Lunatic asylums Madras 1892-1911 - 1892-1911
Year: 1892
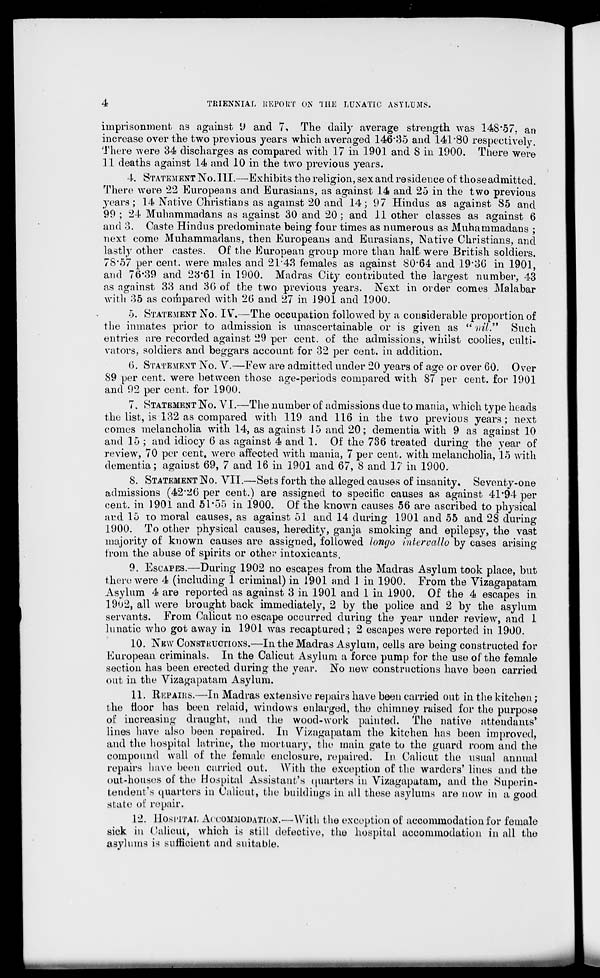
4
TRIENNIAL REPORT ON THE LUNATIC ASYLUMS.
imprisonment as against 9 and 7, The daily average strength was 148*57. an
increase over the two previous years which averaged 146*35 and 141'80 respectively.
There were 34 discharges as compared with 17 in 1901 and 8 in 1900. There were
11 deaths against 14 and 10 in the two previous years.
4. STATEMENT NO. 111.—Exhibits the religion, sex and residence of those admitted.
There were 22 Europeans and Eurasians, as against 14 and 25 in the two previous
years; 14 Native Christians as against 20 and 14; 97 Hindus as against 85 and
99 ; 24 Muhammadans as against 30 and 20 ; and 11 other classes as against 6
and 3. Caste Hindus predominate being four times as numerous as Muhammadans ;
next come Muhammadans, then Europeans and Eurasians, Native Christians, and
lastly other castes. Of the European group more than half were British soldiers.
78*57 per cent, were males and 21*43 females as against 80*64 and 19*30 in 1901,
and 76*39 and 23*61 in 1900. Madras Cifcy contributed the largest number, 43
as against 33 and 36 of the two previous years. Next in order comes Malabar
with 35 as compared with 26 and 27 in 1901 and 1900.
5. STATEMENT NO. IV.—The occupation followed by a considerable proportion of
the inmates prior to admission is unascertainable or is given as " nil." Such
entries are recorded against 29 per cent, of the admissions, whilst coolies, culti-
vators, soldiers and beggars account for 32 per cent, in addition.
6. STATEMENT NO. V.—Few are admitted under 20 years of age or over 60. Over
89 per cent, were between those age-periods compared with 87 per cent, for 1901
and 92 per cent, for 1900.
7. STATEMENT No. VI.—The number of admissions due to mania, which type heads
the list, is 132 as compared with 119 and 116 in the two previous years; next
comes melancholia with 14, as against 15 and 20; dementia with 9 as against 10
and 15 ; and idiocy 6 as against 4 and 1. Of the 736 treated during the year of
review^, 70 per cent, were affected with mania, 7 per cent, with melancholia, 15 with
dementia; against 69, 7 and 16 in 1901 and 67, 8 and 17 in 1900.
8. STATEMENT No. VII.—Sets forth the alleged causes of insanity. Seventy-one
admissions (42'26 per cent.) are assigned to specific causes as against 41*94 per
cent, in 1901 and 51*55 in 1900. Of the known causes 56 are ascribed to physical
and 15 to moral causes, as against 51 and 14 during 1901 and 55 and 28 during
1900. To other physical causes, heredity, ganja smoking and epilepsy, the vast
majority of known causes are assigned, followed longo intervallo by cases arising
from the abuse of spirits or other* intoxicants.
9. ESCAPES.—During 1902 no escapes from the Madras Asylum took place, but
there were 4 (including 1 criminal) in 1901 and .1 in 1900. From the Vizagapatam
Asylum 4 are reported as against 3 in 1901 and 1 in 1900. Of the 4 escapes in
1902, all were brought back immediately, 2 by the police and 2 by the asylum
servants. From Calicut no escape occurred during the year under review, and 1
lunatic who got away in 1901 was recaptured; 2 escapes were reported in 1900.
10. NEW CONSTKUCTIONS.—In the Madras Asylum, cells are being constructed for
European criminals. In the Calicut Asylum a force pump for the use of the female
section has been erected during the year. No new constructions have been carried
out in the Vizagapatam Asylum.
11. RKPAIHS.—In Madras extensive repairs have been carried out in the kitchen;
the floor has been relaid, windows enlarged, the chimney raised for the purpose
of increasing draught, and the wood-work painted. The native attendants'
lines have also been repaired. In Vizagapatam the kitchen has been improved,
and the hospital latrine, the mortuary, the main gate to the guard room and the
compound wall of the female enclosure, repaired. In Calicut the usual annual
repairs bave been carried out. With the exception of the warders' lines and the
out-housos of the Hospital Assistant's quarters in Vizagapatam, and the Superin-
tendent's quarters in Calicut, the buildings in all these asylums are now in a good
state of repair.
12. HOSPITAL ACCOMMODATION.—With the exception of accommodation for female
sick in Calicut, which is still defective, the hospital accommodation in all the
asylums is sufficient and suitable.